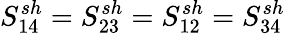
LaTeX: S_{14}^{sh}=S_{23}^{sh}=S_{12}^{sh}=S_{34}^{sh}